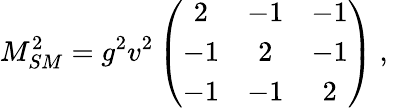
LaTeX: M_{SM}^{2}=g^{2}v^{2}\left(\begin{array}{ccc}{{2}}&{{-1}}&{{-1}}\\ {{-1}}&{{2}}&{{-1}}\\ {{-1}}&{{-1}}&{{2}}\end{array}\right)~,~\,